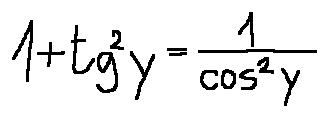
1 + \tan ^ { 2 } y = \frac { 1 } { \cos ^ { 2 } y }